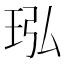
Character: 𬍝